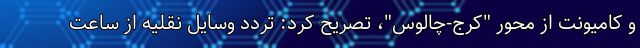
و کامیونت از محور "کرج-چالوس"، تصریح کرد: تردد وسایل نقلیه از ساعت